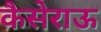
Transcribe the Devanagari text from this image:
कैसेराऊ